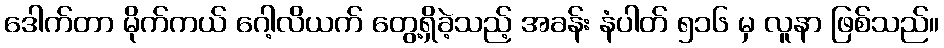
ဒေါက်တာ မိုက်ကယ် ဂေါ့လိယက် တွေ့ရှိခဲ့သည့် အခန်း နံပါတ် ၅၁၆ မှ လူနာ ဖြစ်သည်။